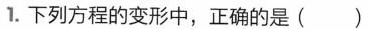
1.下列方程的变形中，正确的是( )